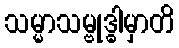
သမ္မာသမ္ဗုဒ္ဓါမှာတိ